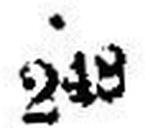
248